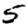
Digit: 5